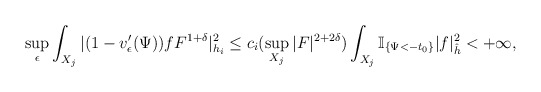
\begin{align*}\sup_{\epsilon}\int_{X_j}|(1-v'_{\epsilon}(\Psi))fF^{1+\delta}|_{h_i}^2\le c_i(\sup_{X_j}|F|^{2+2\delta}) \int_{X_j}\mathbb{I}_{\{\Psi<-t_0\}}|f|_{\hat{h}}^2<+\infty,\end{align*}